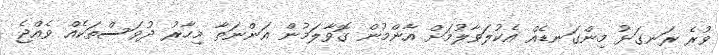
ވުރެ ރަނގަޅު މިންގަނޑެއް އެކުލަވާލުމަށް އާންމުން ގޮވާލަމުން އަންނަތާ މިހާރު ދުވަސްތަކެއް ވެއްޖެ